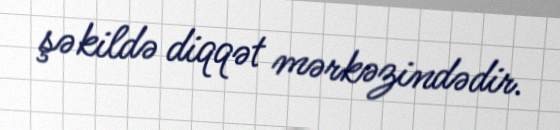
şəkildə diqqət mərkəzindədir.